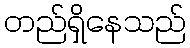
တည်ရှိနေသည်